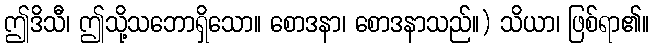
ဤဒိသီ၊ ဤသို့သဘောရှိသော။ စောဒနာ၊ စောဒနာသည်။) သိယာ၊ ဖြစ်ရာ၏။